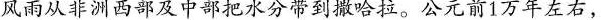
风雨从非洲西部及中部把水分带到撒哈拉。公元前1万年左右，